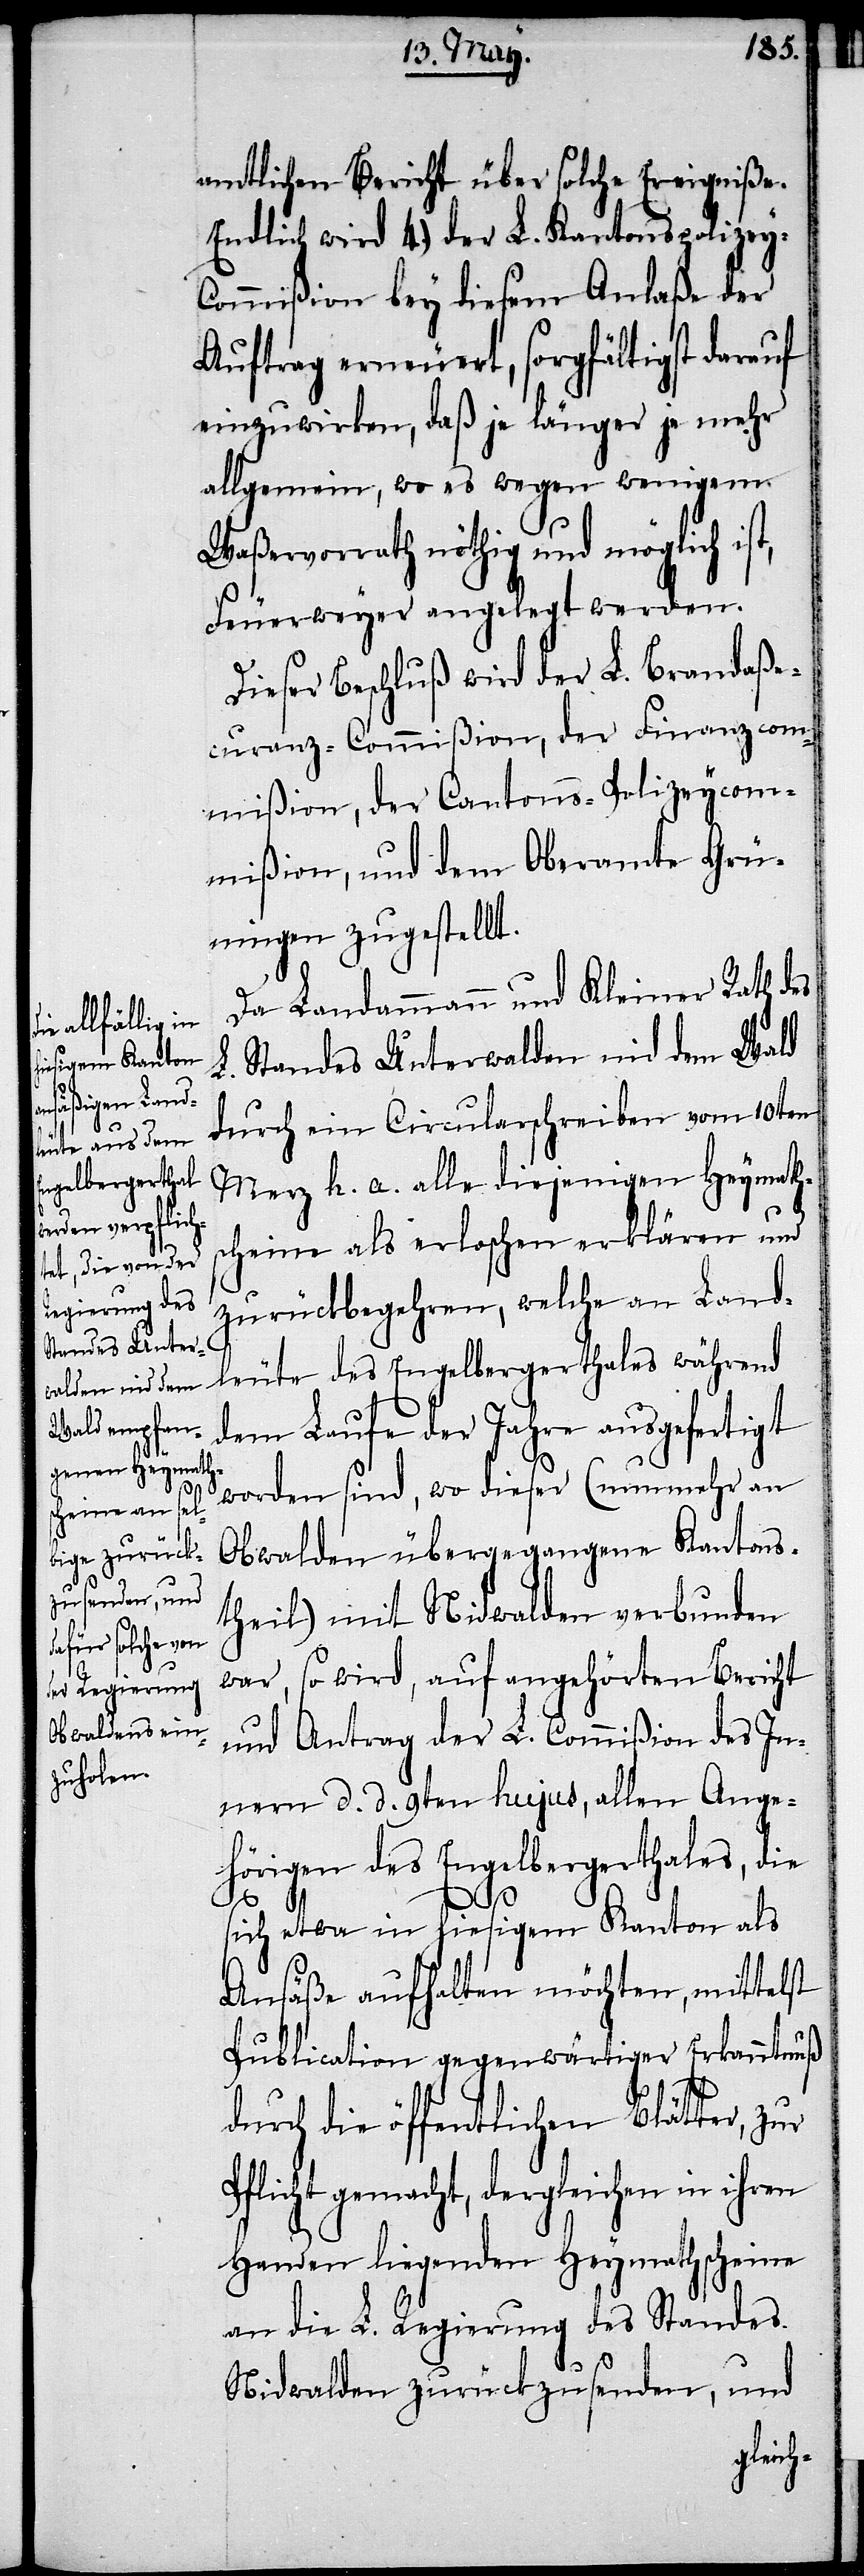
amtlichen Bericht über solche Ereigniße.
Endlich wird 4.) der L. Kantonspolizey-C¬
ommißion bey diesem Anlaße der
Auftrag erneuert, sorgfältigst darauf
einzuwirken, daß je länger je mehr
allgemein, wo es wegen wenigem
Waßervorrath nöthig und möglich ist,
Feuerweyer angelegt werden.
Dieser Beschluß wird der L. Brandaße¬
curanz-Commißion, der Finanzcom¬
mißion, der Cantons-Polizeycom¬
mißion, und dem Oberamte Grü¬
ningen zugestellt.
Da Landammann und Kleiner Rath des
Standes Unterwalden nid dem W	ald
L.
durch ein Circularschreiben vom 10ten
Merz h. a. alle diejenigen Heymaths¬
cheine als erloschen erklären und
zurückbegehren, welche an Land¬
leute des Engelbergthales während
dem Laufe der Jahre ausgefertigt
worden sind, wo dieser (nunmehr an
Obwalden übergegangene Kantons¬
theil) mit Nidwalden verbunden
war, so wird, auf angehörten Bericht
und Antrag der L. Commißion des In¬
nern d. d. 9ten hujus, allen Ange¬
hörigen des Engelbergerthales, die
sich etwa in hiesigem Kanton als
Ansäße aufhalten möchten, mittelst
Publication gegenwärtiger Erkanntnuß
durch die öffentlichen Blätter, zur
Pflicht gemacht, dergleichen in ihren
Handen liegenden Heymathscheine
an die L. Regierung des Standes
Nidwalden zurückzusenden, und